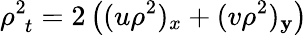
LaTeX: \rho_{\, \, t}^{2}=2\left((u\rho^{2})_{x}+(v\rho^{2})_{\mathbf{y}}\right)